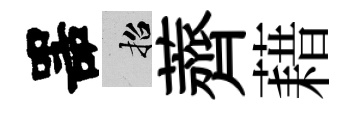
噐招薺藉